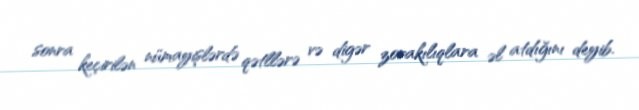
sonra keçirilən nümayişlərdə qətllərə və digər zorakılıqlara əl atdığını deyib.